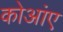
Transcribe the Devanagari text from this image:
कोआंए